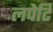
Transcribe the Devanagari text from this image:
लपेटि